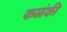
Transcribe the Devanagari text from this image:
कळंकी